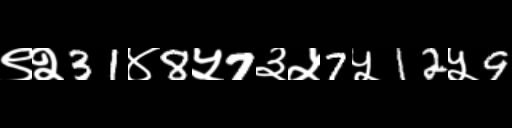
Text: ९२31४8५7३५7५12५9